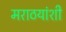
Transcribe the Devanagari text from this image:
मराठयांशी